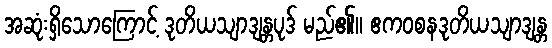
အဆုံးရှိသောကြောင့် ဒုတိယသျာဒျန္တပုဒ် မည်၏။ ဧကဝစနဒုတိယသျာဒျန္တ